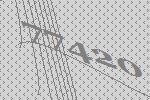
77420